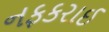
નફકરાઈ